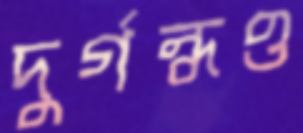
দুর্গন্ধও